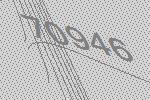
70946